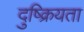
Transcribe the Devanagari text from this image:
दुष्क्रियता